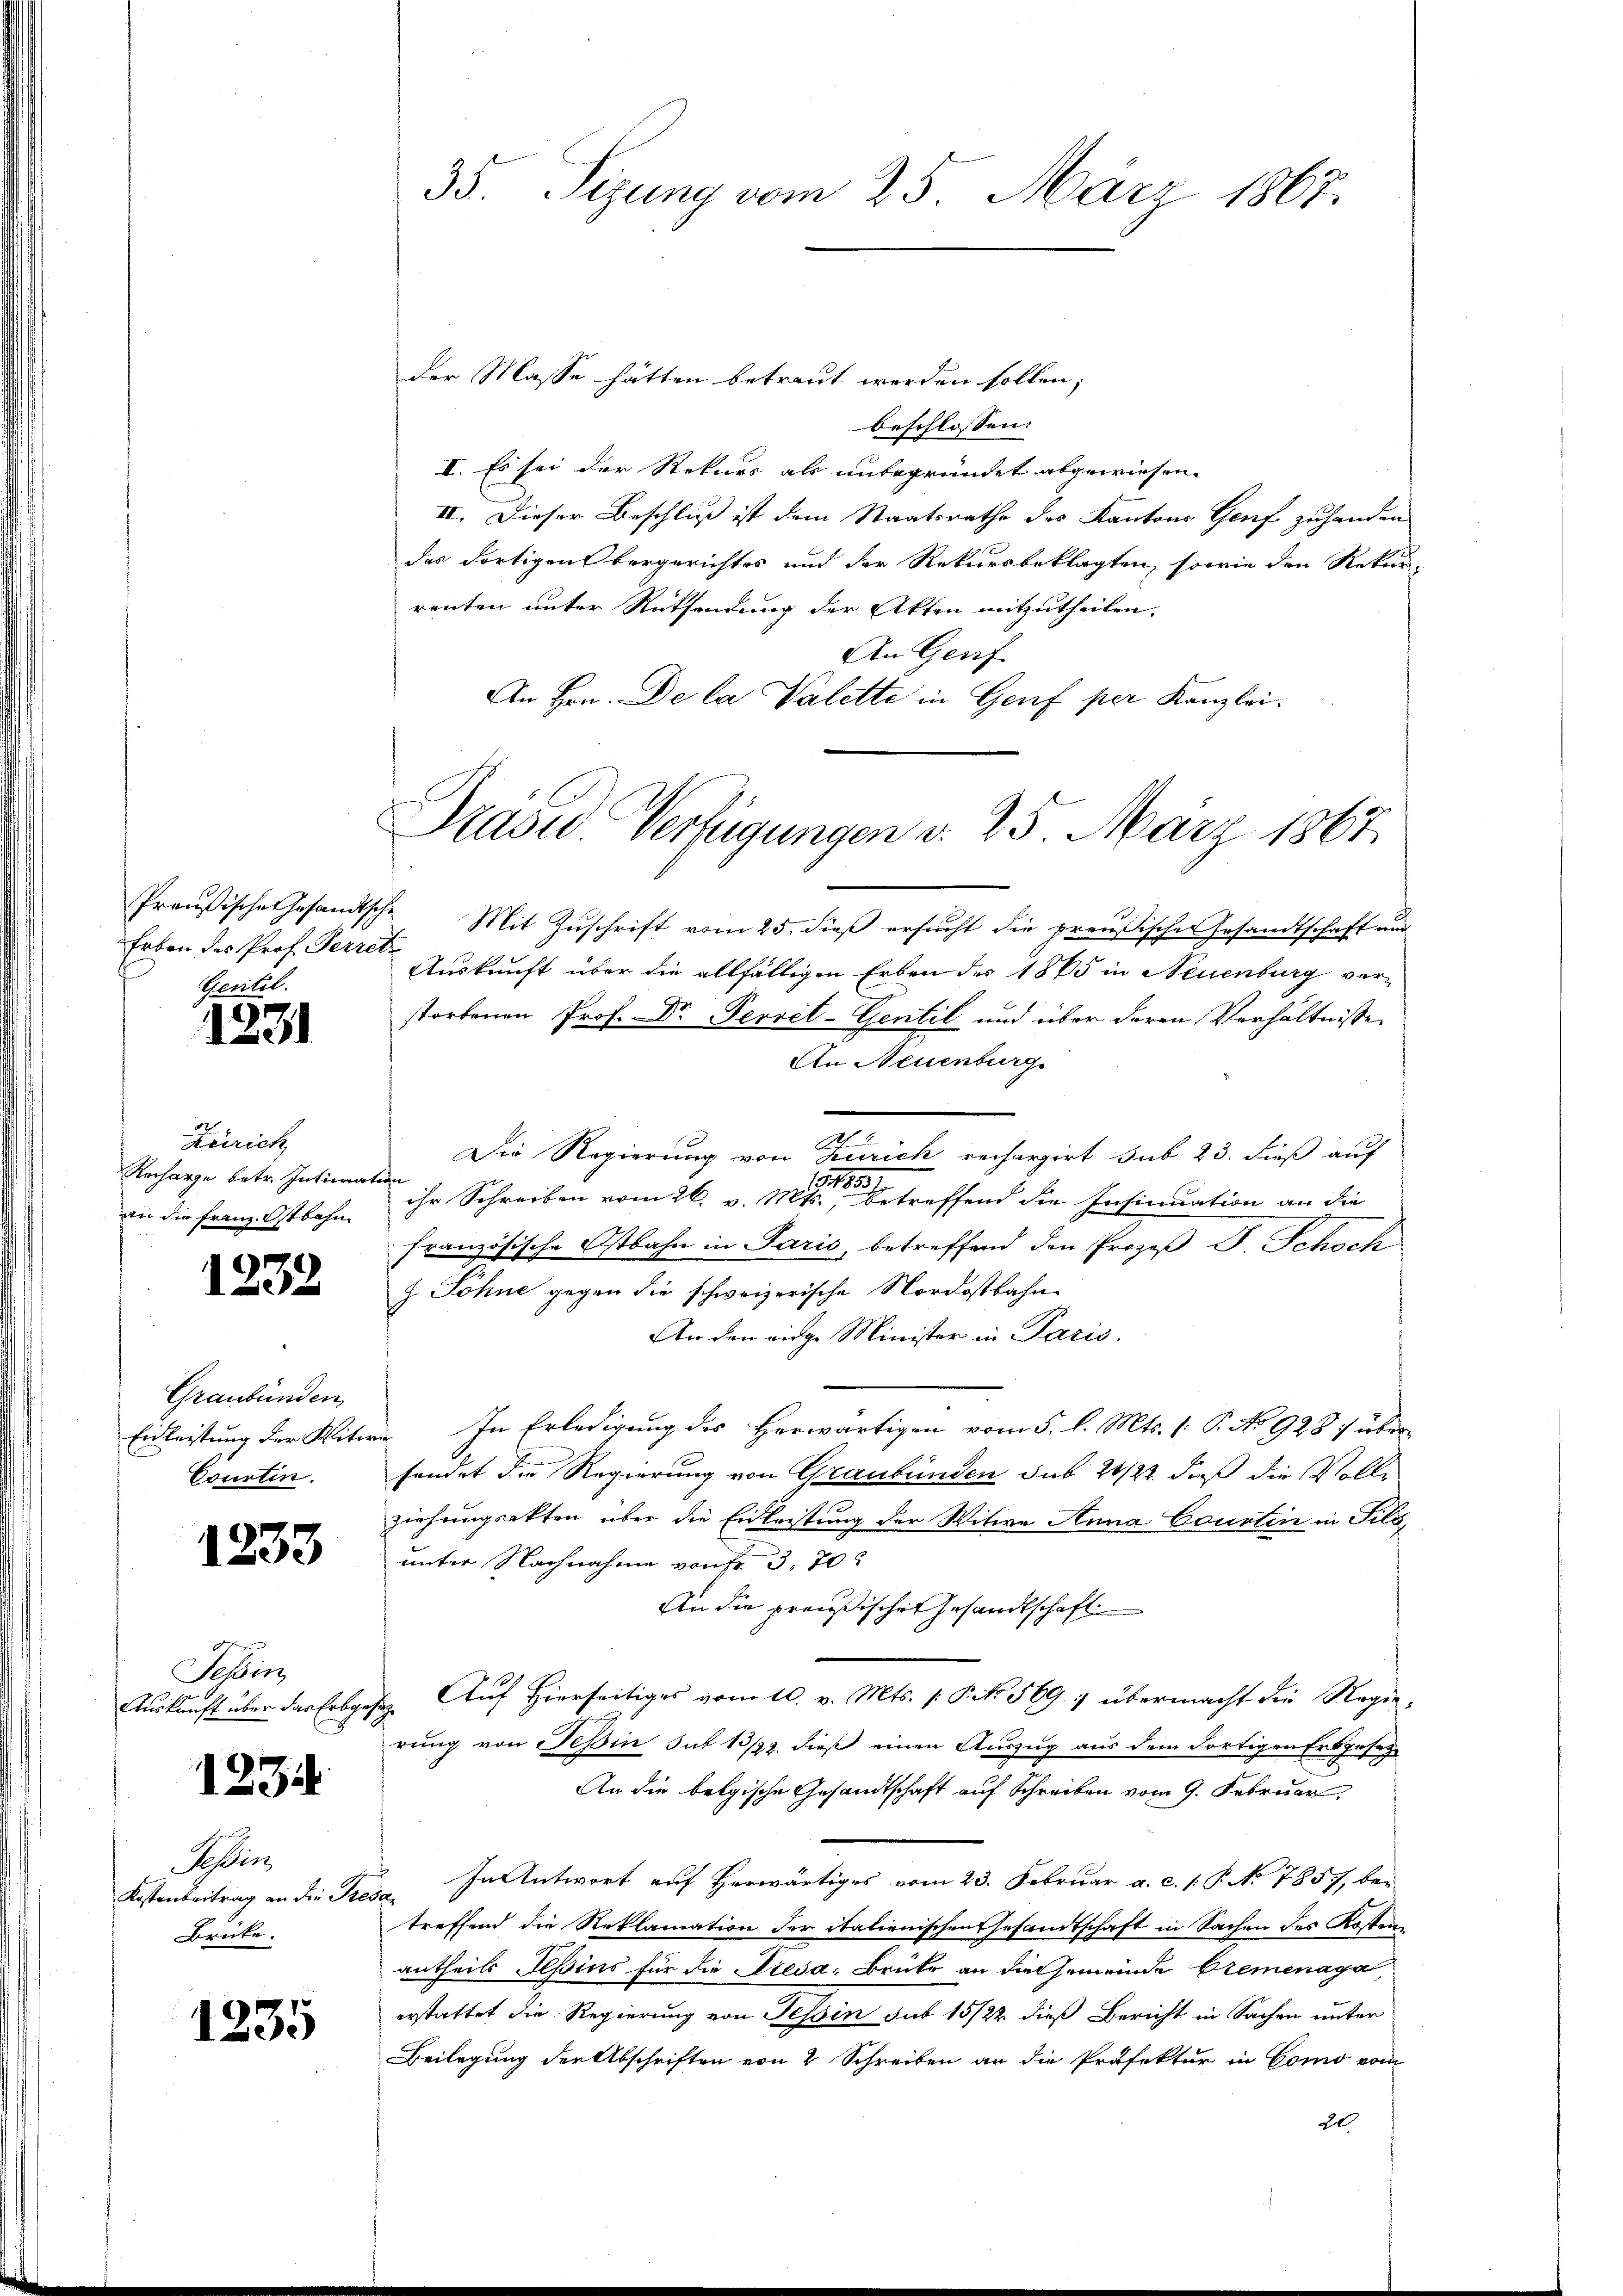
Erben des Prof. Perretz
Gentil.

1231

Zürich
Recharge betr. Intimation
an die Franz. Ostbahn

1232

Graubünden
Einleistung der Witw
Courtin.

1233

Tessin,

1234

Sahlin
Kostenbeitrag an die St.
Brücke.

1235

der Masse hätten betreut werden sollen;
beschlossen:
I. Es sei der Rekurs als unbegründet abgewiesen.
II. Dieser Beschluß ist dem Staatsrathe des Kantons Genf zuhanden
des dortigens bergerichtes und der Rekursbeklagten, sowie den Rekur-
renten unter Rüksendung der Akten mitzutheilen.
An Genf
An Hrn. De la Valette in Genf per Kanzlei.
Preußische Gesandtsche Mit Zuschrift vom 25. dieß ersucht die preußischen Gesandtschaft und
Auskunft über die allfälligen Erben der 1885 in Neuenburg verstorbenen Prof. Dr. Perret-Gentil und über deren Verhältnisse
An Neuenburg
Die Regierung von Zürich rechargirt sub 23. dieß auf
117
ihr Schreiben vom 26. v. Mts., betreffend die Insinuation an die
französische Ostbahn in Paris, betreffend den Prozeß F. Schoch
z Söhne gegen die schweizerische Nordostbahn
An den eidge Minister in Paris.
r. In Erledigung des Herwärtigen vom 5. l. Mts. (: P. No 928) über
fendet die Regierung von Graubünden sub 20/22. dieß die Vollziehungsakten über die Einleistung der Witwe Anna Courten in Filsunter Nachnahme von fr. 3. 70
An die preußischen Gesandtschaft
Auskunft über das Erbgesez Auf hierseitiges vom 10. v. Mts. (: P. No. 569 : übermacht die Regie-
rung von Tessin sut 13/22. dieß einen Auszug aus dem dortigen Erbgeses
An die belgische Gesandtschaft auf Schreiben vom 9. Februar,
In Antwort auf herwärtiges vom 23. Februar a. c. s. P. No 785, bei
t
treffend die Reklamation der italienischen Gesandtschaft in Sachen des Kostenantheils Tessins für die Dresa, Brüke an die Gemeinde Bremenaga
erstattet die Regierung von Tessin sub 15/22. dieß Bericht in Sachen unter
Beilegung der Abschriften von 2 Schreiben an die Präfektur in Como vom
20

35 Sizung vom 25. März 1867.

Präsid.. Verfügungen d. 25 März 1867